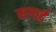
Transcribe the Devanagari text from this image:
सापर्द